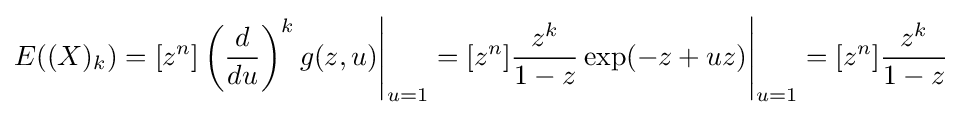
E((X)_{k})=[z^{n}]\left({\frac {d}{du}}\right)^{k}g(z,u){\Bigg |}_{u=1}=[z^{n}]{\frac {z^{k}}{1-z}}\exp(-z+uz){\Bigg |}_{u=1}=[z^{n}]{\frac {z^{k}}{1-z}}